Lunatic asylums Bombay report 1878-1890 - 1878-1890
Year: 1878
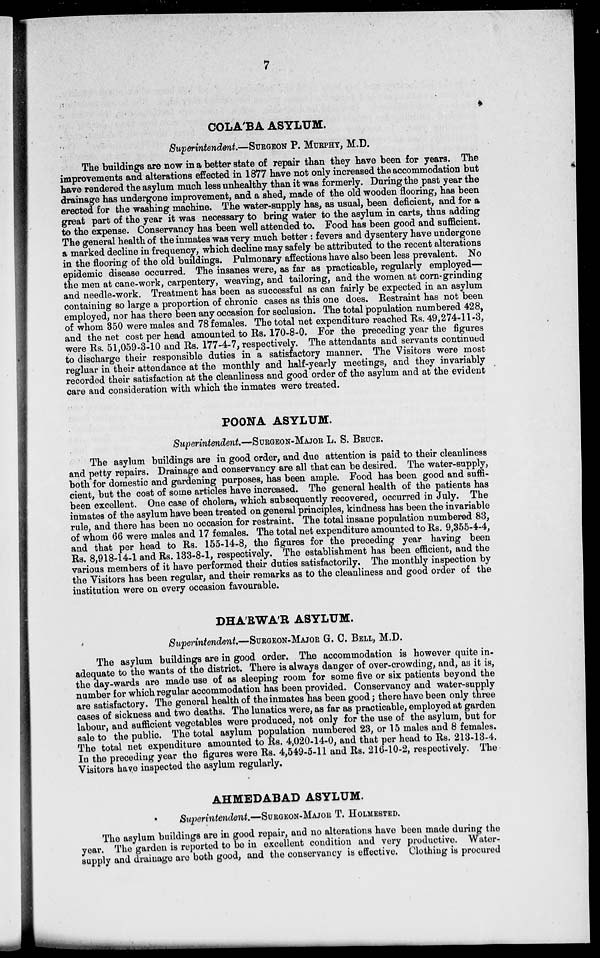
7
COLA'BA ASYLUM.
Superintendent.—SURGEON P. MURPHY, M.D.
The buildings are now in a better state of repair than they have been for years. The
improvements and alterations effected in 1877 have not only increased the accommodation but
have rendered the asylum much less unhealthy than it was formerly. During the past year the
drainage has undergone improvement, and a shed, made of the old wooden flooring, has been
erected for the washing machine. The water-supply has, as usual, been deficient, and for a
great part of the year it was necessary to bring water to the asylum in carts, thus adding
to the expense. Conservancy has been well attended to. Food has been good and sufficient.
The general health of the inmates was very much better : fevers and dysentery have undergone
a marked decline in frequency, which decline may safely be attributed to the recent alterations
in the flooring of the old buildings. Pulmonary affections have also been less prevalent. No
epidemic disease occurred. The insanes were, as far as practicable, regularly employed—
the men at cane-work, carpentery, weaving, and tailoring, and the women at corn-grinding
and needle-work. Treatment has been as successful as can fairly be expected in an asylum
containing so large a proportion of chronic cases as this one does. Restraint has not been
employed, nor has there been any occasion for seclusion. The total population numbered 428,
of whom 350 were males and 78 females. The total net expenditure reached Rs. 49,274-11-3,
and the net cost per head amounted to Rs. 170-8-0. For the preceding year the figures
were Rs. 51,059-3-10 and Rs. 177-4-7, respectively. The attendants and servants continued
to discharge their responsible duties in a satisfactory manner. The Visitors were most
regluar in their attendance at the monthly and half-yearly meetings, and they invariably
recorded their satisfaction at the cleanliness and good order of the asylum and at the evident
care and consideration with which the inmates were treated.
POONA ASYLUM.
Superintendent.—SURGEON-MAJOR L. S. BRUCE.
The asylum buildings are in good order, and due attention is paid to their cleanliness
and petty repairs. Drainage and conservancy are all that can be desired. The water-supply,
both for domestic and gardening purposes, has been ample. Food has been good and suffi-
cient, but the cost of some articles have increased. The general health of the patients has
been excellent. One case of cholera, which subsequently recovered, occurred in July. The
inmates of the asylum have been treated on general principles, kindness has been the invariable
rule, and there has been no occasion for restraint. The total insane population numbered 83,
of whom 66 were males and 17 females. The total net expenditure amounted to Rs. 9,355-4-4,
and that per head to Rs. 155-14-8, the figures for the preceding year having been
Rs. 8,918-14-1 and Rs. 133-8-1, respectively. The establishment has been efficient, and the
various members of it have performed their duties satisfactorily. The monthly inspection by
the Visitors has been regular, and their remarks as to the cleanliness and good order of the
institution were on every occasion favourable.
DHA'RWA'R ASYLUM.
Superintendent.—SURGEON-MAJOR G. C. BELL, M.D.
The asylum buildings are in good order. The accommodation is however quite in-
adequate to the wants of the district. There is always danger of over-crowding, and, as it is,
the day-wards are made use of as sleeping room for some five or six patients beyond the
number for which regular accommodation has been provided. Conservancy and water-supply
are satisfactory. The general health of the inmates has been good; there have been only three
cases of sickness and two deaths. The lunatics were, as far as practicable, employed at garden
labour, and sufficient vegetables were produced, not only for the use of the asylum, but for
sale to the public. The total asylum population numbered 23, or 15 males and 8 females.
The total net expenditure amounted to Rs. 4,020-14-0, and that per head to Rs. 213-13-4.
In the preceding year the figures were Rs. 4,549-5-11 and Rs. 216-10-2, respectively. The
Visitors have inspected the asylum regularly.
AHMEDABAD ASYLUM.
Superintendent.—SURGEON-MAJOR T. HOLMESTED.
The asylum buildings are in good repair, and no alterations have been made during the
year. The garden is reported to be in excellent condition and very productive. Water-
supply and drainage are both good, and the conservancy is effective. Clothing is procured